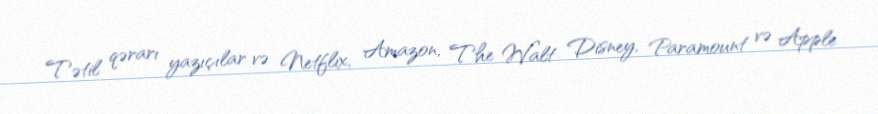
Tətil qərarı yazıçılar və Netflix, Amazon, The Walt Disney, Paramount və Apple